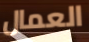
العمال